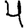
Digit: 4